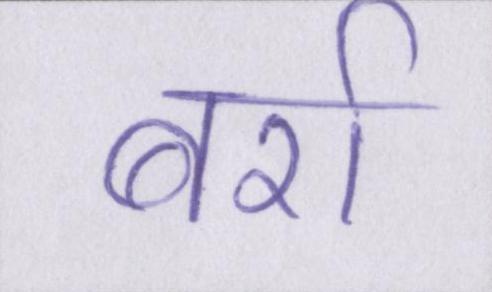
बर्रा